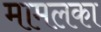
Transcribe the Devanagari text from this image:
मामलका